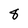
Character: 8